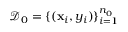
\mathcal { D } _ { 0 } = \{ ( \mathbf { x } _ { i } , y _ { i } ) \} _ { i = 1 } ^ { n _ { 0 } }